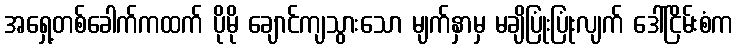
အရှေ့တစ်ခေါက်ကထက် ပိုမို ချောင်ကျသွားသော မျက်နှာမှ မချိပြုံးပြုံးလျက် ဒေါ်ငြိမ်းစံက